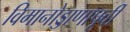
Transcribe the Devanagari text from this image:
विमानोड्डाणापूर्वी